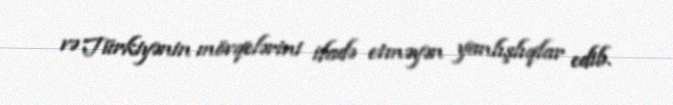
və Türkiyənin mövqelərini ifadə etməyən yanlışlıqlar edib.